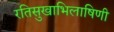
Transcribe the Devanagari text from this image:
रतिसुखाभिलाषिणी